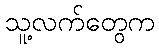
သူ့လက်တွေက